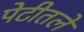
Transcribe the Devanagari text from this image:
पेटीतले